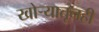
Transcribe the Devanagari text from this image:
खोर्‍यातूनही